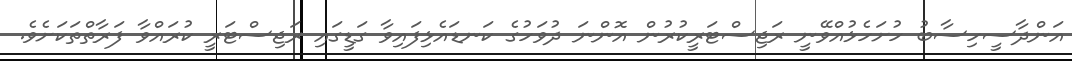
އަންދާސީހިސާބު ހުށަހެޅުއްވޭނީ ރަޖިސްޓަރީކުރުން އޮންނަ ދުވަހުގެ ކަނޑައެޅިފައިވާ ގަޑީގައި ރަޖިސްޓަރީ ކުރައްވާ ފަރާތްތަކަށެވެ.